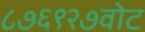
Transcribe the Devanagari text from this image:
८७६९२७वोट